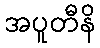
အပူတီနိ